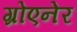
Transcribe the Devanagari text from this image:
ग्रोएनेर